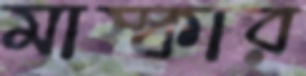
মাস্কার